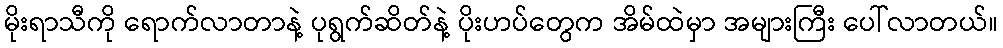
မိုးရာသီကို ရောက်လာတာနဲ့ ပုရွက်ဆိတ်နဲ့ ပိုးဟပ်တွေက အိမ်ထဲမှာ အများကြီး ပေါ်လာတယ်။